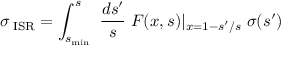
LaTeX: \sigma _ { \mathrm { \tiny ~ I S R } } = \int _ { s _ { \mathrm { m i n } } } ^ { s } \ { \frac { d s ^ { \prime } } { s } } \; F ( x , s ) \vert _ { x = 1 - s ^ { \prime } / s } \; \sigma ( s ^ { \prime } )